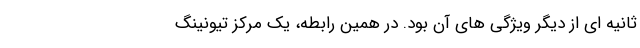
ثانیه ای از دیگر ویژگی های آن بود. در همین رابطه، یک مرکز تیونینگ